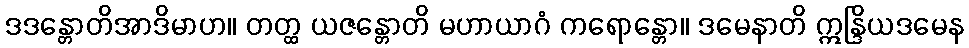
ဒဒန္တောတိအာဒိမာဟ။ တတ္ထ ယဇန္တောတိ မဟာယာဂံ ကရောန္တော။ ဒမေနာတိ ဣန္ဒြိယဒမေန